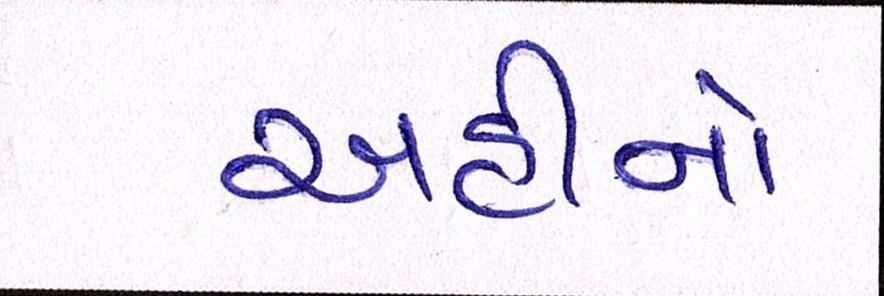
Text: અહીંનો